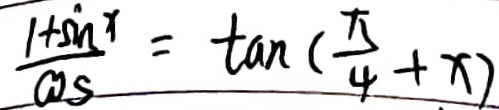
\frac { 1 + \sin x } { \cos } = \tan ( \frac { \pi } { 4 } + x )